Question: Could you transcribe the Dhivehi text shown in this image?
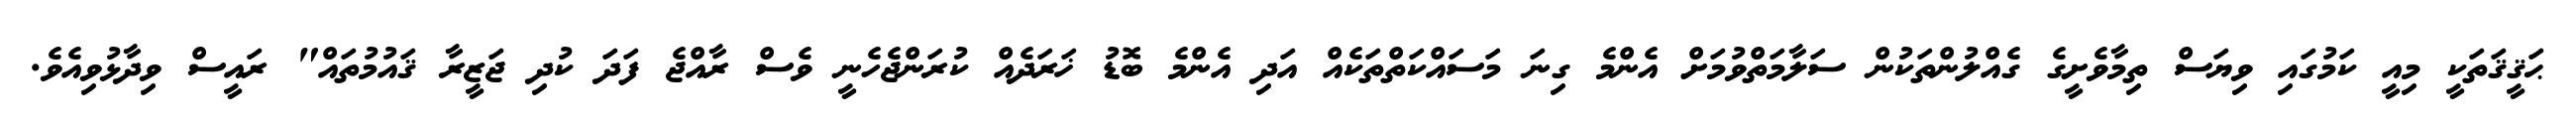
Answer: ޙަޤީޤަތަކީ މިއީ ކަމުގައި ވިޔަސް ތިމާވެށީގެ ގެއްލުންތަކުން ސަލާމަތްވުމަށް އެންމެ ގިނަ މަސައްކަތްތަކެއް އަދި އެންމެ ބޮޑު ޚަރަދެއް ކުރަންޖެހެނީ ވެސް ރާއްޖެ ފަދަ ކުދި ޖަޒީރާ ޤައުމުތައް" ރައީސް ވިދާޅުވިއެވެ.